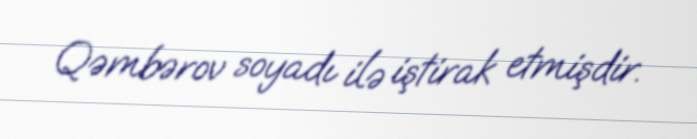
Qəmbərov soyadı ilə iştirak etmişdir.